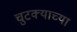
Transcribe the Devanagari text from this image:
चुटक्याच्या